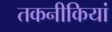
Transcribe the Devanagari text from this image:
तकनीकियां